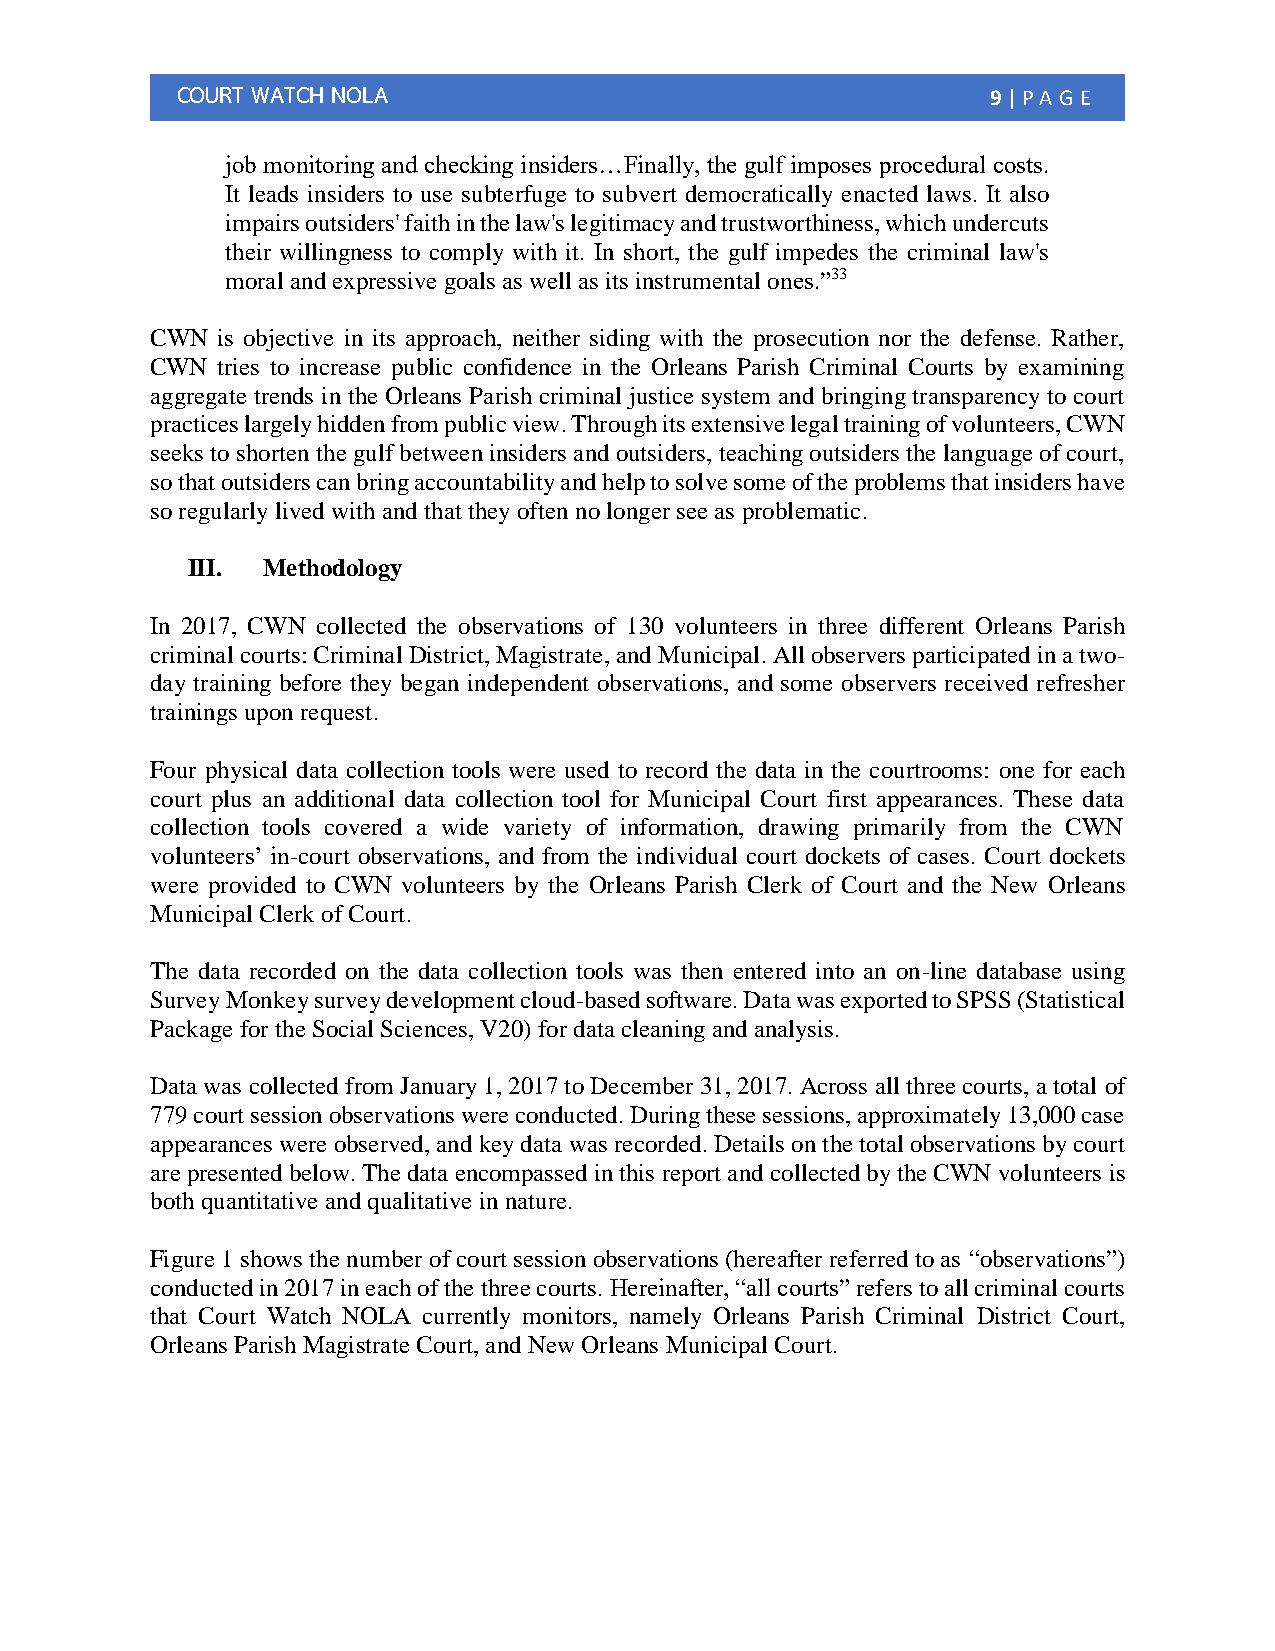
COURT WATCH NOLA                                      9 | PA G E
 job monitoring and checking insiders…Finally, the gulf imposes procedural costs.
 It leads insiders to use subterfuge to subvert democratically enacted laws. It also
 impairs outsiders' faith in the law's legitimacy and trustworthiness, which undercuts
 their willingness to comply with it. In short, the gulf impedes the criminal law's
 moral and expressive goals as well as its instrumental ones.”33
 CWN is objective in its approach, neither siding with the prosecution nor the defense. Rather,
 CWN tries to increase public confidence in the Orleans Parish Criminal Courts by examining
 aggregate trends in the Orleans Parish criminal justice system and bringing transparency to court
 practices largely hidden from public view. Through its extensive legal training of volunteers, CWN
 seeks to shorten the gulf between insiders and outsiders, teaching outsiders the language of court,
 so that outsiders can bring accountability and help to solve some of the problems that insiders have
 so regularly lived with and that they often no longer see as problematic.
 III. Methodology
 In 2017, CWN collected the observations of 130 volunteers in three different Orleans Parish
 criminal courts: Criminal District, Magistrate, and Municipal. All observers participated in a two-
 day training before they began independent observations, and some observers received refresher
 trainings upon request.
 Four physical data collection tools were used to record the data in the courtrooms: one for each
 court plus an additional data collection tool for Municipal Court first appearances. These data
 collection tools covered a wide variety of information, drawing primarily from the CWN
 volunteers’ in-court observations, and from the individual court dockets of cases. Court dockets
 were provided to CWN volunteers by the Orleans Parish Clerk of Court and the New Orleans
 Municipal Clerk of Court.
 The data recorded on the data collection tools was then entered into an on-line database using
 Survey Monkey survey development cloud-based software. Data was exported to SPSS (Statistical
 Package for the Social Sciences, V20) for data cleaning and analysis.
 Data was collected from January 1, 2017 to December 31, 2017. Across all three courts, a total of
 779 court session observations were conducted. During these sessions, approximately 13,000 case
 appearances were observed, and key data was recorded. Details on the total observations by court
 are presented below. The data encompassed in this report and collected by the CWN volunteers is
 both quantitative and qualitative in nature.
 Figure 1 shows the number of court session observations (hereafter referred to as “observations”)
 conducted in 2017 in each of the three courts. Hereinafter, “all courts” refers to all criminal courts
 that Court Watch NOLA currently monitors, namely Orleans Parish Criminal District Court,
 Orleans Parish Magistrate Court, and New Orleans Municipal Court.